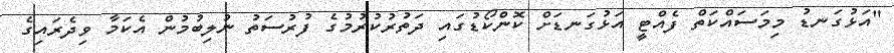
"އަޅުގަނޑު މިމަސައްކަތް ފެއްޓީ އަޅުގަނޑަށް ކޮންކޯޑުގައި ދަތުރުކުރުމުގެ ފުރުސަތު ނުލިބުމުން އެކަމާ ވިދެރައިގެ